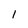
Character: I